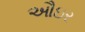
ઔઇર